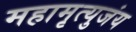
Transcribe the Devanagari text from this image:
महामृत्युजंय